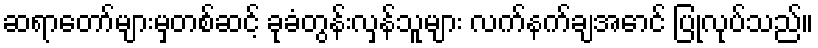
ဆရာတော်များမှတစ်ဆင့် ခုခံတွန်းလှန်သူများ လက်နက်ချအောင် ပြုလုပ်သည်။